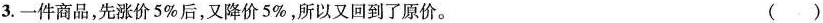
3.一件商品，先涨价5%后，又降价5%，所以又回到了原价。 ()